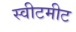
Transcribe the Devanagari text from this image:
स्वीटमीट